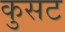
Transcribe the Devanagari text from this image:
कुसट